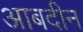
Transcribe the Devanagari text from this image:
आबदीन